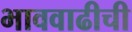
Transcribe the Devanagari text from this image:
भाववाढीची